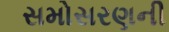
સમોસરણની